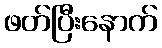
ဖတ်ပြီးနောက်